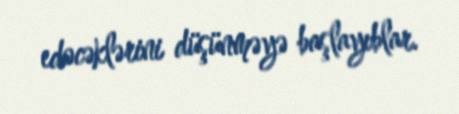
edəcəklərini düşünməyə başlayıblar.